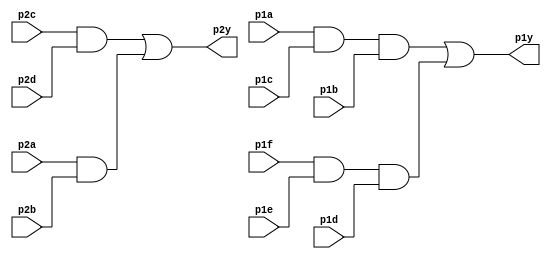
module top_module(
    input p1a,p2a,p2b,p2c,
          p2d,p1c,p1b,p1f,
          p1e,p1d,
    output p2y,p1y);

wire ab,cd,acb,fed;

assign ab=p2a&p2b;
assign cd=p2c&p2d;
assign acb=p1a&p1c&p1b;
assign fed=p1f&p1e&p1d;

assign p2y=cd|ab;
assign p1y=acb|fed;

endmodule